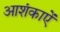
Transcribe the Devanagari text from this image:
आशंकाऐं